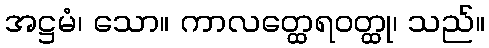
အဋ္ဌမံ၊ သော။ ကာလတ္ထေရဝတ္ထု၊ သည်။